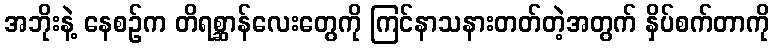
အဘိုးနဲ့ နေစဉ်က တိရစ္ဆာန်လေးတွေကို ကြင်နာသနားတတ်တဲ့အတွက် နှိပ်စက်တာကို